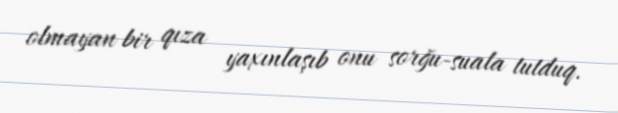
olmayan bir qıza yaxınlaşıb onu sorğu-suala tutduq.